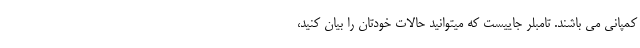
کمپانی می باشند. تامبلر جاییست که میتوانید حالات خودتان را بیان کنید،